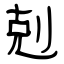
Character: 剋